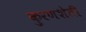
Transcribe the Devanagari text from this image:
कुरणशेती